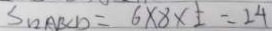
S _ { 1 2 A B C D } = 6 \times 8 \times \frac { 1 } { 2 } = 2 4